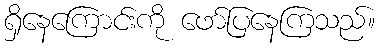
ရှိနေကြောင်းကို ဖော်ပြနေကြသည်။